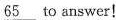
\underline{65} to answer!